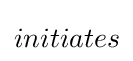
initiates